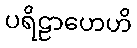
ပရိဠာဟေဟိ